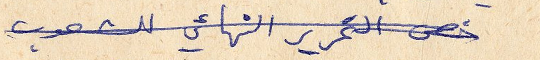
خص التحرير النهائي للشعوب